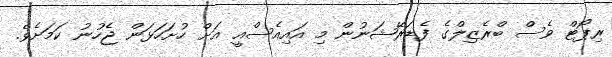
ރިޕޯޓް ވެސް ބްރެޒިލްގެ ފެޑަރޭޝަނުން މި އައިއެސްއީ އަށް ހުށަހަޅަން ޖެހުނު ކަމަށެވެ.